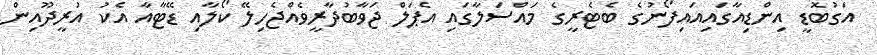
އަގުބޮޑީ އިންޑިއާގައިއައިފޯނުގެ ބެޓެރީގެ މައްސަލާގައި އެޕަލް ޖަވާބުދާރީވެއްޖެހިލޭ ކޯލާއި ޑޭޓާއާ އެކު އުރީދޫއިން